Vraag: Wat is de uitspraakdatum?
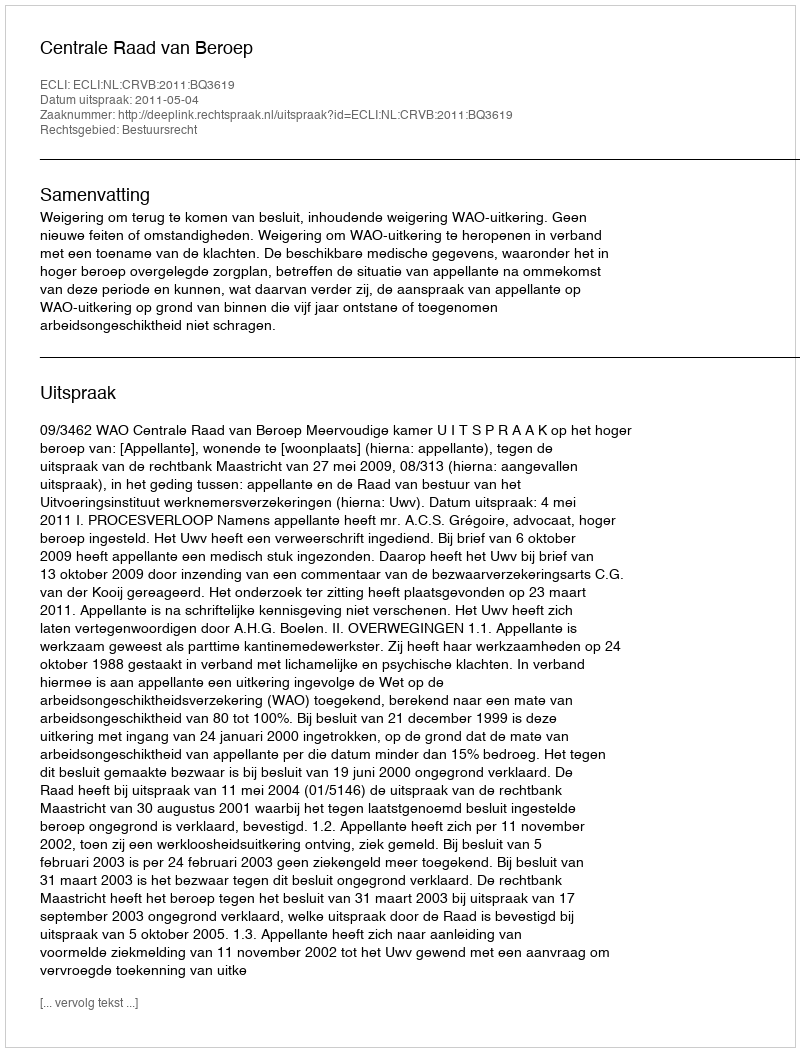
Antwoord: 2011-05-04